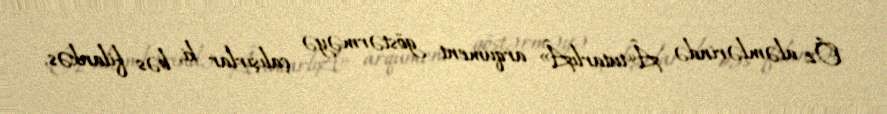
Öz aləmlərində Â«tutarlıÂ» arqument göstərməyə çalışırlar ki, bəs filankəs,